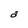
Character: a